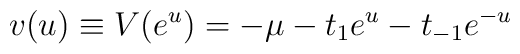
v(u) \equiv V(e^u) = -\mu -t _1e^u -t_{-1} e^{-u}